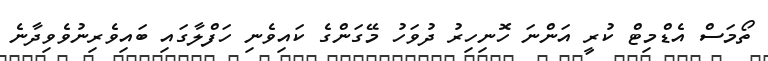
ތޯމަސް އެޑްމިޓް ކުރީ އަންނަ ހޮނިހިރު ދުވަހު މޭގަންގެ ކައިވެނި ހަފްލާގައި ބައިވެރިނުވެވިދާނެ